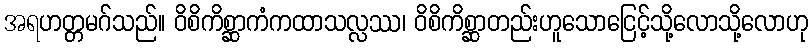
အရဟတ္တမဂ်သည်။ ဝိစိကိစ္ဆာကံကထာသလ္လဿ၊ ဝိစိကိစ္ဆာတည်းဟူသောငြေင့်သို့လောသို့လောဟု